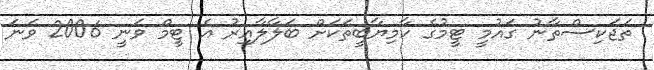
ތަޖަކިސްތާނު ގައުމީ ޓީމުގެ ކާމިޔާބީތަކަށް ބަލާލާއިރު އެ ޓީމް ވަނީ 2006 ވަނަ